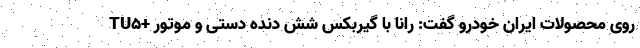
روی محصولات ایران خودرو گفت: رانا با گیربکس شش دنده دستی و موتور +TU5